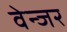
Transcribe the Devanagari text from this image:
वेन्जर